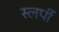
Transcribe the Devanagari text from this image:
स्लर्पी